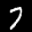
Label: 7